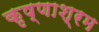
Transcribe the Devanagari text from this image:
कृष्णाश्रम